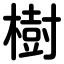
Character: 樹